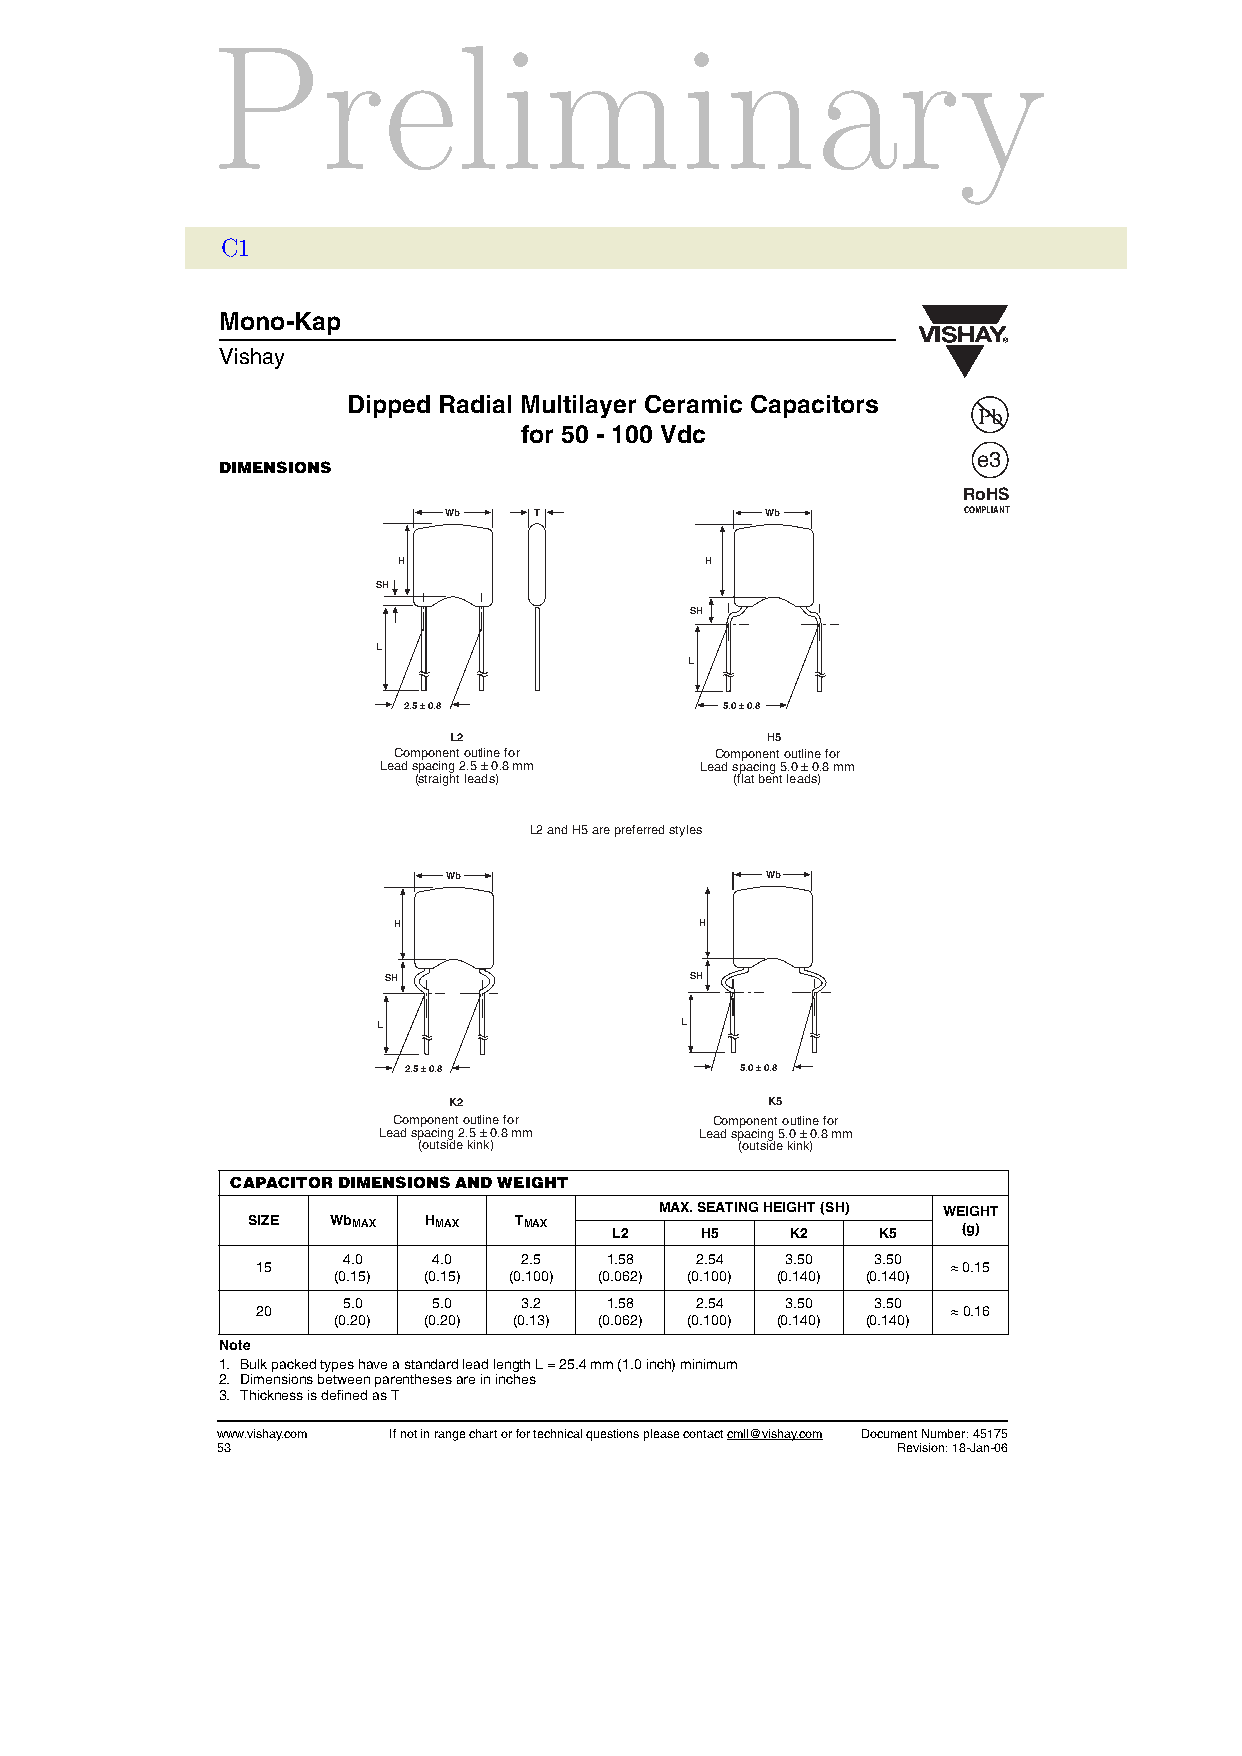
Preliminary
 C1
 Mono-Kap
 Vishay
 Dipped Radial Multilayer Ceramic Capacitors
 for 50 - 100 Vdc
 e3
 DIMENSIONS
 RoHS
 Wb    T               Wb           COMPLIANT
 H                    H
 SH
 SH
 L
 L
 2.5 ± 0.8            5.0 ± 0.8
 L2                   H5
 Component outline for Component outline for
 Lead spacing 2.5 ± 0.8 mm Lead spacing 5.0 ± 0.8 mm
 (straight leads)      (flat bent leads)
 L2 and H5 are preferred styles
 Wb                   Wb
 H                   H
 SH                   SH
 L                   L
 2.5 ± 0.8             5.0 ± 0.8
 K2                   K5
 Component outline for Component outline for
 Lead spacing 2.5 ± 0.8 mm Lead spacing 5.0 ± 0.8 mm
 (outside kink)       (outside kink)
 CAPACITOR DIMENSIONS AND WEIGHT
 MAX. SEATING HEIGHT (SH) WEIGHT
 SIZE  WbMAX HMAX  TMAX
 L2   H5    K2    K5    (g)
 4.0   4.0   2.5  1.58  2.54  3.50  3.50
 15                                            ≈ 0.15
 (0.15) (0.15) (0.100) (0.062) (0.100) (0.140) (0.140)
 5.0   5.0   3.2  1.58  2.54  3.50  3.50
 20                                            ≈ 0.16
 (0.20) (0.20) (0.13) (0.062) (0.100) (0.140) (0.140)
 Note
 1. Bulk packed types have a standard lead length L = 25.4 mm (1.0 inch) minimum
 2. Dimensions between parentheses are in inches
 3. Thickness is defined as T
 www.vishay.com If not in range chart or for technical questions please contact cmll@vishay.com Document Number: 45175
 53                                           Revision: 18-Jan-06